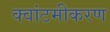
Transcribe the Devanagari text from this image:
क्वांटमीकरण